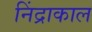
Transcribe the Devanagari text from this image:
निंद्राकाल